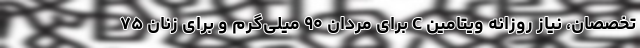
تخصصان، نیاز روزانه ویتامین C برای مردان ۹۰ میلی‌گرم و برای زنان ۷۵